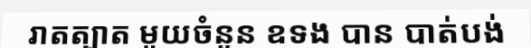
រាតត្បាត មួយចំនួន ឧទង បាន បាត់បង់